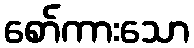
စော်ကားသော